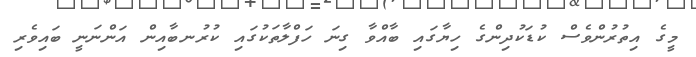
މީގެ އިތުރުންވެސް ކުޑަކުދިންގެ ހިޔާގައި ބާއްވާ ގިނަ ހަފްލާތަކުގައި ކުރުނބާއިން އަންނަނީ ބައިވެރި